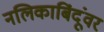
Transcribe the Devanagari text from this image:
नलिकाबिंदूंवर